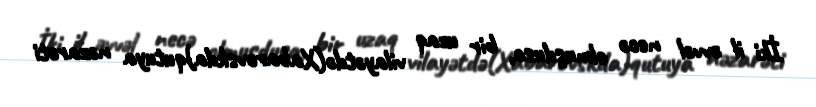
İki il əvvəl necə olmuşdusa, bir uzaq vilayətdə(Xabarovskda)qutuya nəzarəti